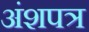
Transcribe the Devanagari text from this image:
अंशपत्र